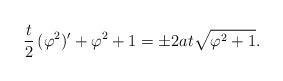
LaTeX: \begin{align*} \frac{t}{2} \,(\varphi ^2)' + \varphi ^2 + 1 = \pm 2 a t \sqrt{\varphi ^2 + 1}.\end{align*}